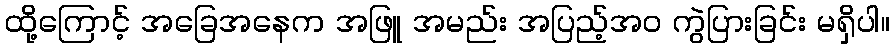
ထို့ကြောင့် အခြေအနေက အဖြူ အမည်း အပြည့်အဝ ကွဲပြားခြင်း မရှိပါ။